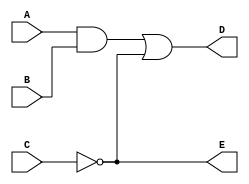
module simple_circuit
(A,B,C,D,E);
output D, E;
input A ,B ,C;
wire w1;
and G1(w1,A,B); //optional gate instant name
not G2(E,C);
or G3(D,w1,E);
endmodule